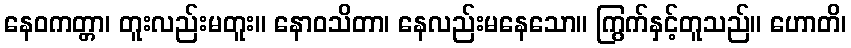
နေဝကတ္တာ၊ တူးလည်းမတူး။ နောဝသိတာ၊ နေလည်းမနေသော။ ကြွက်နှင့်တူသည်။ ဟောတိ၊